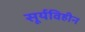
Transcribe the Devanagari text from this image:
सूर्यविहीन